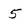
Character: 5